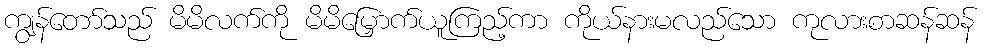
ကျွန်တော်သည် မိမိလက်ကို မိမိမြှောက်ယူကြည့်ကာ ကိုယ်နားမလည်သော ကုလားစာဆန်ဆန်